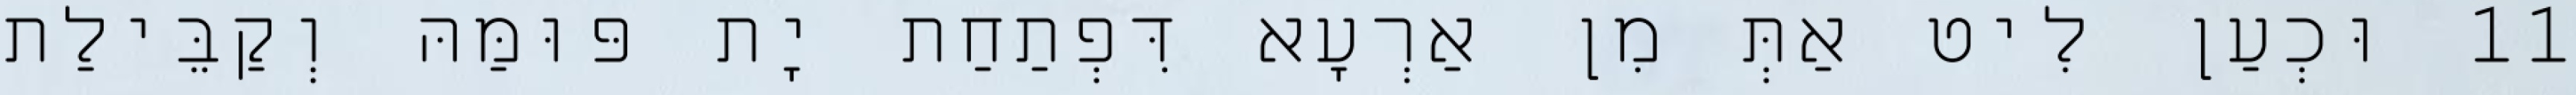
11 וּכְעַן לִיט אַתְּ מִן אַרְעָא דִּפְתַחַת יָת פּוּמַּהּ וְקַבֵּילַת